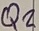
Text: Q2